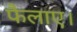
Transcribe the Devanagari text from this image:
फैलाए।